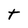
Character: t